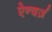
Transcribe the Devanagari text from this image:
ऐन्दर्ज़